画像に写った文字を読んでください
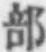
「部」と書いてあります